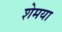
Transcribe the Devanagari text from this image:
शेमया